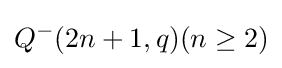
Q^{-}(2n+1,q)(n\geq 2)